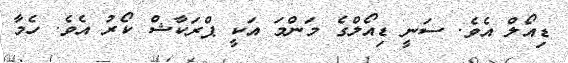
ޑިއޯލް އެވެ. ސަނީ ޑިއޯލްގެ މަންމަ އަކީ ޕްރަކާޝް ކޯރު އެވެ. ހެމާ